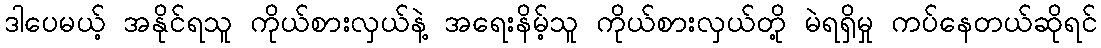
ဒါပေမယ့် အနိုင်ရသူ ကိုယ်စားလှယ်နဲ့ အရေးနိမ့်သူ ကိုယ်စားလှယ်တို့ မဲရရှိမှု ကပ်နေတယ်ဆိုရင်